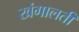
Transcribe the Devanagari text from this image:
खंगालती